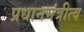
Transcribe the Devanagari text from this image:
प्रधानमंत्रीत्व